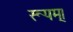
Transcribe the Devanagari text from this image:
रूपम्।